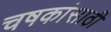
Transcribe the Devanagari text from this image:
चषकांसाठी